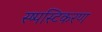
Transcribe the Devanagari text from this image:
स्ष्पस्टिकरण